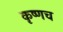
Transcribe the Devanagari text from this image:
कृष्णच